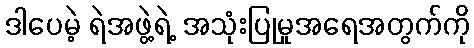
ဒါပေမဲ့ ရဲအဖွဲ့ရဲ့ အသုံးပြုမှုအရေအတွက်ကို